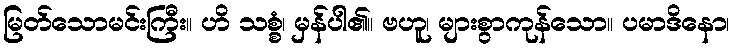
မြတ်သောမင်းကြီး။ ဟိ သစ္စံ၊ မှန်ပါ၏။ ဗဟူ၊ များစွာကုန်သော။ ပမာဒိနော၊